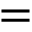
=